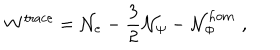
LaTeX: W ^ { \mathrm { t r a c e } } = { \cal N } _ { e } - \frac 3 2 { \cal N } _ { \psi } - { \cal N } _ { \Phi } ^ { \mathrm { h o m } } \, \, ,